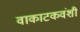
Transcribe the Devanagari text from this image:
वाकाटकवंशी